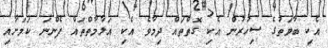
އެކި ބާވަތުގެ ސިހުރުން އެކި ގޮތްތައް ދިމާވެ އެކި އަލާމާތްތައް ފެންނަ ކަމަށާއި